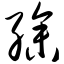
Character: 缲